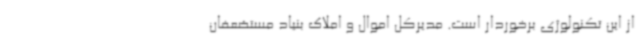
از این تکنولوژی برخوردار است. مدیرکل اموال و املاک بنیاد مستضعفان